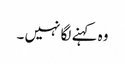
وہ کہنے لگا نہیں ۔